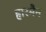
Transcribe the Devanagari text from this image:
हारमैन